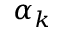
\alpha _ { k }